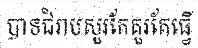
បាទជំរាបសួរតែគួរតែធ្វើ